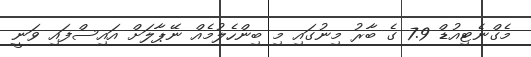
މެގްނެޓިއުޑް 7.9 ގެ ބާރު މިނުގައި މި ބިންހެލުމެއް ނޭޕާލަށް އައިސްފައި ވަނީ